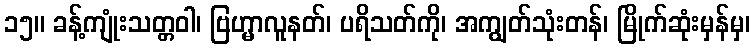
၁၅။ ခန့်ကျုံးသတ္တဝါ၊ ဗြဟ္မာလူနတ်၊ ပရိသတ်ကို၊ အကျွတ်သုံးတန်၊ မြိုက်ဆုံးမှန်မှ၊